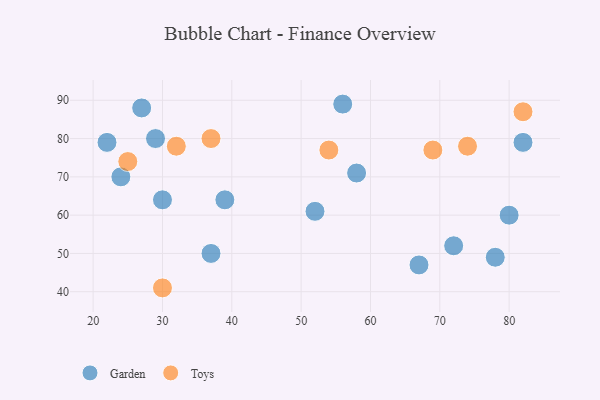
{"axis": {"x": "GDP", "y": "Life Expectancy"}, "legend": ["Garden", "Toys"], "data": [{"x": "82", "y": 79, "type": "Garden"}, {"x": "67", "y": 47, "type": "Garden"}, {"x": "39", "y": 64, "type": "Garden"}, {"x": "24", "y": 70, "type": "Garden"}, {"x": "22", "y": 79, "type": "Garden"}, {"x": "30", "y": 64, "type": "Garden"}, {"x": "58", "y": 71, "type": "Garden"}, {"x": "37", "y": 50, "type": "Garden"}, {"x": "56", "y": 89, "type": "Garden"}, {"x": "52", "y": 61, "type": "Garden"}, {"x": "72", "y": 52, "type": "Garden"}, {"x": "27", "y": 88, "type": "Garden"}, {"x": "78", "y": 49, "type": "Garden"}, {"x": "80", "y": 60, "type": "Garden"}, {"x": "29", "y": 80, "type": "Garden"}, {"x": "74", "y": 78, "type": "Toys"}, {"x": "32", "y": 78, "type": "Toys"}, {"x": "54", "y": 77, "type": "Toys"}, {"x": "69", "y": 77, "type": "Toys"}, {"x": "82", "y": 87, "type": "Toys"}, {"x": "37", "y": 80, "type": "Toys"}, {"x": "30", "y": 41, "type": "Toys"}, {"x": "25", "y": 74, "type": "Toys"}]}